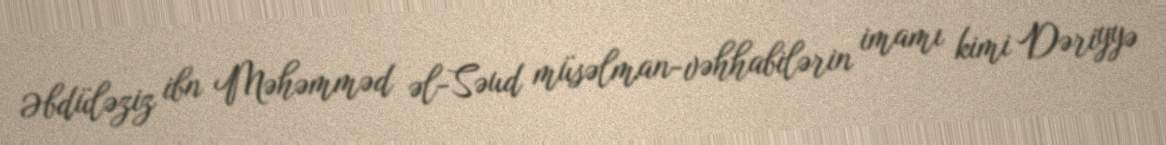
Əbdüləziz ibn Məhəmməd əl-Səud müsəlman-vəhhabilərin imamı kimi Dəriyyə